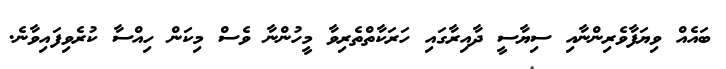
ބައެއް ވިޔަފާވެރިންނާއި ސިޔާސީ ދާއިރާގައި ހަރަކާތްތެރިވާ މީހުންނާ ވެސް މިކަން ހިއްސާ ކުރެވިފައިވާނެ.